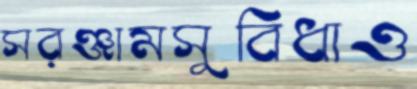
সরঞ্জামসুবিধাও